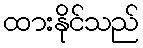
ထားနိုင်သည်